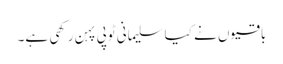
باقیوں نے کیا سلیمانی ٹوپی پہن رکھی ہے۔